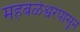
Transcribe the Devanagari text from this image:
महबळेश्वरपासून